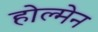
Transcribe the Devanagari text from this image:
होल्मेन